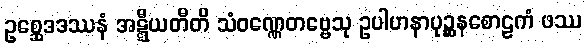
ဥစ္ဆေဒဒဿနံ အဋ္ဋီယတီတိ သံဝဏ္ဏေတဗ္ဗေသု ဥပါဟနာပုဉ္ဆနစောဠကံ ဖဿ